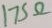
Text: 175Ω